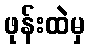
ဖုန်းထဲမှ